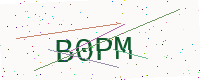
Text: B0PM